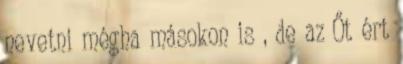
nevetni mégha másokon is , de az Őt ért